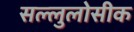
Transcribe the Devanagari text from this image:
सल्लुलोसीक